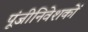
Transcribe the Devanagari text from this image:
पूंजीनिवेशकों